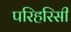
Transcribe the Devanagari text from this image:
परिहरिसी